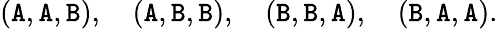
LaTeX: (\mathtt{A},\mathtt{A},\mathtt{B}),\quad(\mathtt{A},\mathtt{B},\mathtt{B}),\quad(\mathtt{B},\mathtt{B},\mathtt{A}),\quad(\mathtt{B},\mathtt{A},\mathtt{A}).